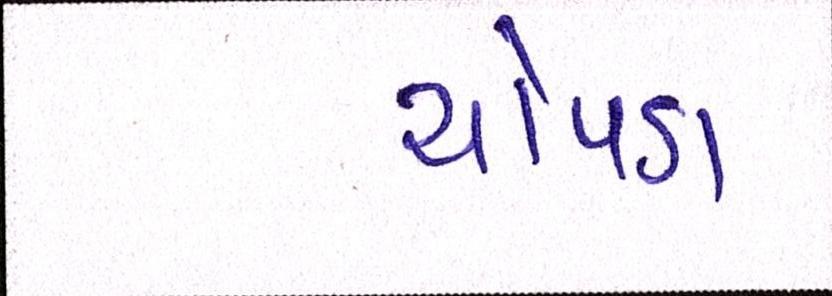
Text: ચોપડા